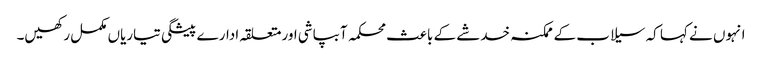
انہوں نے کہا کہ سیلاب کے ممکنہ خدشے کے باعث محکمہ آبپاشی اورمتعلقہ ادارے پیشگی تیاریاں مکمل رکھیں۔